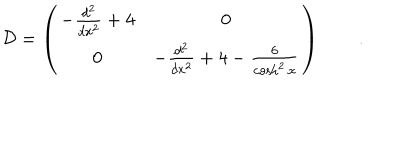
LaTeX: { \cal D } = \left( \begin{array} { c c } { { - \frac { d ^ { 2 } } { d x ^ { 2 } } + 4 } } & { { 0 } } \\ { { 0 } } & { { - \frac { d ^ { 2 } } { d x ^ { 2 } } + 4 - \frac { 6 } { \cosh ^ { 2 } x } } } \\ \end{array} \right) \qquad .